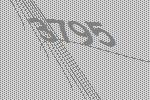
3795